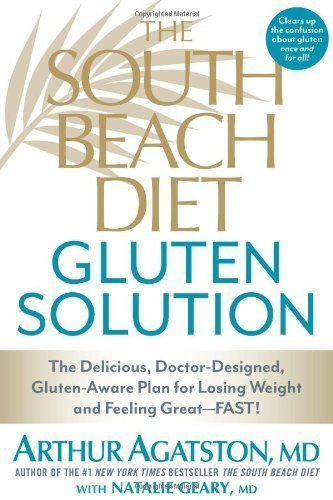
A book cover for The South Beach Diet Gluten Solution: The Delicious, Doctor-Designed, Gluten-Aware Plan for Losing Weight and Feeling Great--FAST! by Arthur Agatston (April 2 2013); Health, Fitness & Dieting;